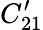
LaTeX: C_{21}^{\prime}